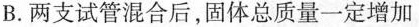
B.两支试管混合后，固体总质量一定增加